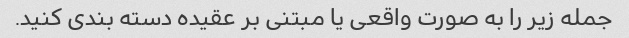
جمله زیر را به صورت واقعی یا مبتنی بر عقیده دسته بندی کنید.